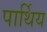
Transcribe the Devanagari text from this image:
पार्थिय